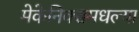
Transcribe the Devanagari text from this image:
मेकेनिक्समधल्या